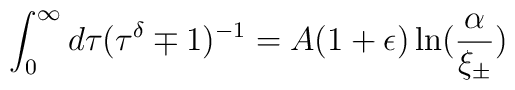
\int_0^{\infty} d \tau (\tau^{\delta} \mp 1)^{-1}= A (1 + \epsilon) \ln(\frac{\alpha}{\xi_{\pm}})